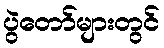
ပွဲတော်များတွင်